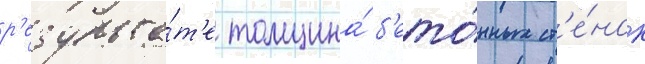
р'езульта́т'е толщина́ б'ето́нных ст'е́нок